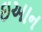
ઇઆન